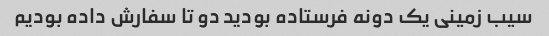
سیب زمینی یک دونه فرستاده بودید دو تا سفارش داده بودیم